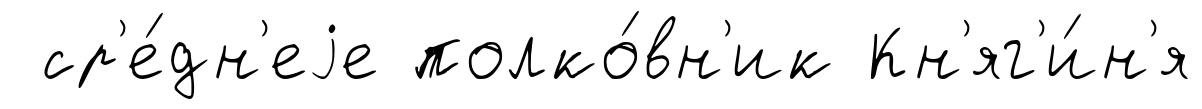
ср'е́дн'еjе полко́вн'ик Кн'яг'и́н'я